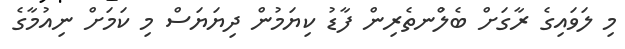
މި ލަވައިގެ ރާގަށް ބެލުްނތެރިން ފާޑު ކިޔަމުން ދިޔަޔަސް މި ކަމަށް ނިއުމާގެ